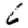
Digit: 6